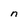
Character: n